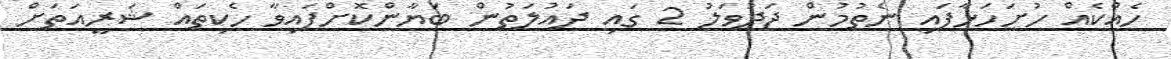
ހެއްކެއް ހުށަހަޅާފައި ނެތުމުން ޖަދުވަލު 2 ގައި ދައުލަތުން ބަޔާންކޮށްފައިވާ ހެކިތައް ޝަރީއަތަށް